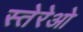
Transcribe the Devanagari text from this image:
स्तेरेओ